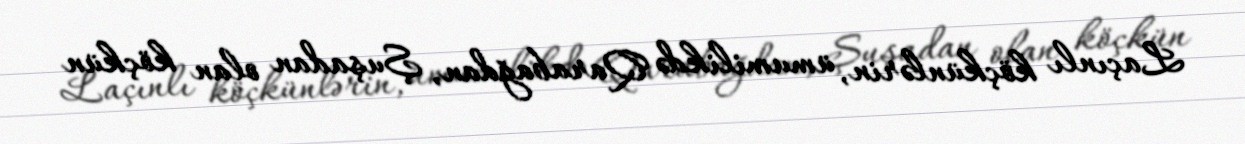
Laçınlı köçkünlərin, ümumilikdə Qarabağdan, Şuşadan olan köçkün